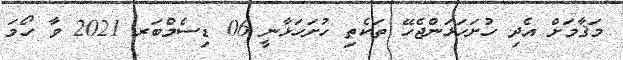
މަޤާމަށް އެދި ހުށަހަޅަންޖެހޭ ތަކެތި ހުށަހަޅާނީ 06 ޑިސެމްބަރ 2021 ވާ ހޯމަ